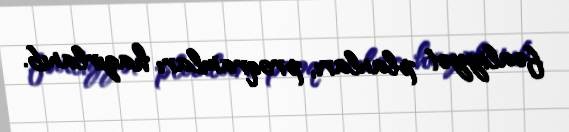
fəaliyyət planları, proqramları hazırlanıb.